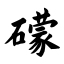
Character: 礞